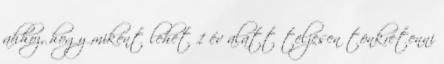
ahhoz, hogy miként lehet 1 év alatt teljesen tönkretenni